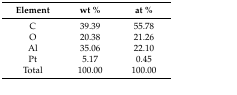
<table><thead><tr><td><b>Element</b></td><td><b>wt %</b></td><td><b>at %</b></td></tr></thead><tbody><tr><td>C</td><td>39.39</td><td>55.78</td></tr><tr><td>O</td><td>20.38</td><td>21.26</td></tr><tr><td>Al</td><td>35.06</td><td>22.10</td></tr><tr><td>Pt</td><td>5.17</td><td>0.45</td></tr><tr><td>Total</td><td>100.00</td><td>100.00</td></tr></tbody></table>